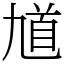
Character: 馗